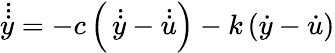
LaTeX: \dot{\dot{\dot{y}}}=-c\left(\, \dot{\dot{y}}-\dot{\dot{u}}\right)-k\left(\dot{y}-\dot{u}\right)